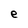
Character: e